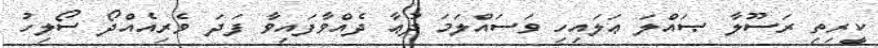
ކީރިތި ރަސޫލާ ޞައްލަ ޢަލައިހި ވަސައްލަމަ ދުޢާ ދެއްވާފައިވާ ފަދަ ވެރިއެއްދޯ ސޯލިހު